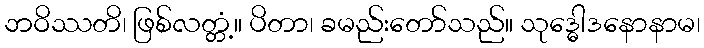
ဘဝိဿတိ၊ ဖြစ်လတ္တံ့။ ပိတာ၊ ခမည်းတော်သည်။ သုဒ္ဓေါဒနောနာမ၊